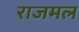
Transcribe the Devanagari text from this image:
राजमल